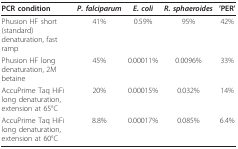
<table><thead><tr><td><b>PCR condition</b></td><td><b><i>P. falciparum</i></b></td><td><b><i>E. coli</i></b></td><td><b><i>R. sphaeroides</i></b></td><td><b>&#x27;PER&#x27;</b></td></tr></thead><tbody><tr><td>Phusion HF short (standard) denaturation, fast ramp</td><td>41%</td><td>0.59%</td><td>95%</td><td>42%</td></tr><tr><td>Phusion HF long denaturation, 2M betaine</td><td>45%</td><td>0.00011%</td><td>0.0096%</td><td>33%</td></tr><tr><td>AccuPrime Taq HiFi long denaturation, extension at 65°C</td><td>20%</td><td>0.00015%</td><td>0.032%</td><td>14%</td></tr><tr><td>AccuPrime Taq HiFi long denaturation, extension at 60°C</td><td>8.8%</td><td>0.00017%</td><td>0.085%</td><td>6.4%</td></tr></tbody></table>